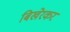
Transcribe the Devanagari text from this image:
बिखेरकर